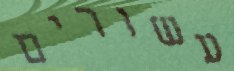
עשורים